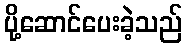
ပို့ဆောင်ပေးခဲ့သည်